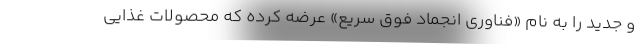
و جدید را به نام «فناوری انجماد فوق سریع» عرضه کرده که محصولات غذاییِ